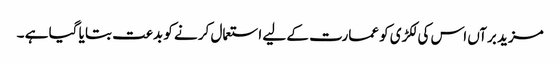
مزید برآں اس کی لکڑی کو عمارت کے لیے استعمال کر نے کو بدعت بتا یا گیا ہے ۔